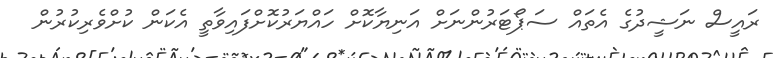
ރައީސް ނަޝީދުގެ އެތައް ސަޕޯޓަރުންނަށް އަނިޔާކޮށް ހައްޔަރުކޮށްފައިވާތީ އެކަން ކުށްވެރިކުރުން